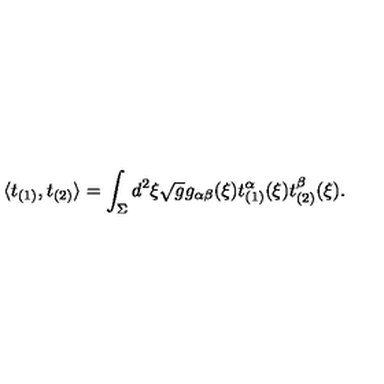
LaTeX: \langle t _ { ( 1 ) } , t _ { ( 2 ) } \rangle = \int _ { \Sigma } d ^ { 2 } \xi \sqrt { g } g _ { \alpha \beta } ( \xi ) t _ { ( 1 ) } ^ { \alpha } ( \xi ) t _ { ( 2 ) } ^ { \beta } ( \xi ) .